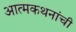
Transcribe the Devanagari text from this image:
आत्मकथनांची